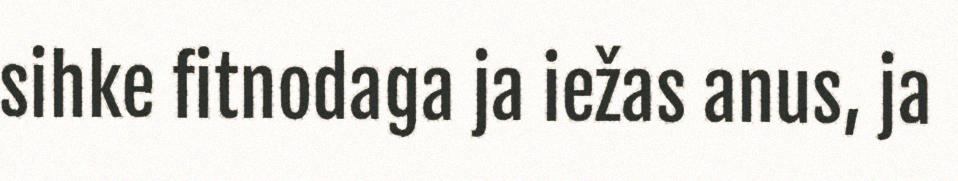
sihke fitnodaga ja iežas anus, ja